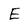
Character: E